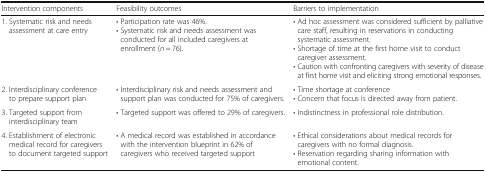
<table><thead><tr><td><b>Intervention components</b></td><td><b>Feasibility outcomes</b></td><td><b>Barriers to implementation</b></td></tr></thead><tbody><tr><td>1. Systematic risk and needs assessment at care entry</td><td>• Participation rate was 46%.• Systematic risk and needs assessment was conducted for all included caregivers at enrollment (<i>n</i> = 76).</td><td>• Ad hoc assessment was considered sufficient by palliative care staff, resulting in reservations in conducting systematic assessment.• Shortage of time at the first home visit to conduct caregiver assessment.• Caution with confronting caregivers with severity of disease at first home visit and eliciting strong emotional responses.</td></tr><tr><td>2. Interdisciplinary conference to prepare support plan</td><td>• Interdisciplinary risk and needs assessment and support plan was conducted for 75% of caregivers.</td><td>• Time shortage at conference• Concern that focus is directed away from patient.</td></tr><tr><td>3. Targeted support from interdisciplinary team</td><td>• Targeted support was offered to 29% of caregivers.</td><td>• Indistinctness in professional role distribution.</td></tr><tr><td>4. Establishment of electronic medical record for caregivers to document targeted support</td><td>• A medical record was established in accordance with the intervention blueprint in 62% of caregivers who received targeted support</td><td>• Ethical considerations about medical records for caregivers with no formal diagnosis.• Reservation regarding sharing information with emotional content.</td></tr></tbody></table>